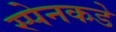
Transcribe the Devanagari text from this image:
स्पेनकडे